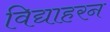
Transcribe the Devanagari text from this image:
विद्याहरन